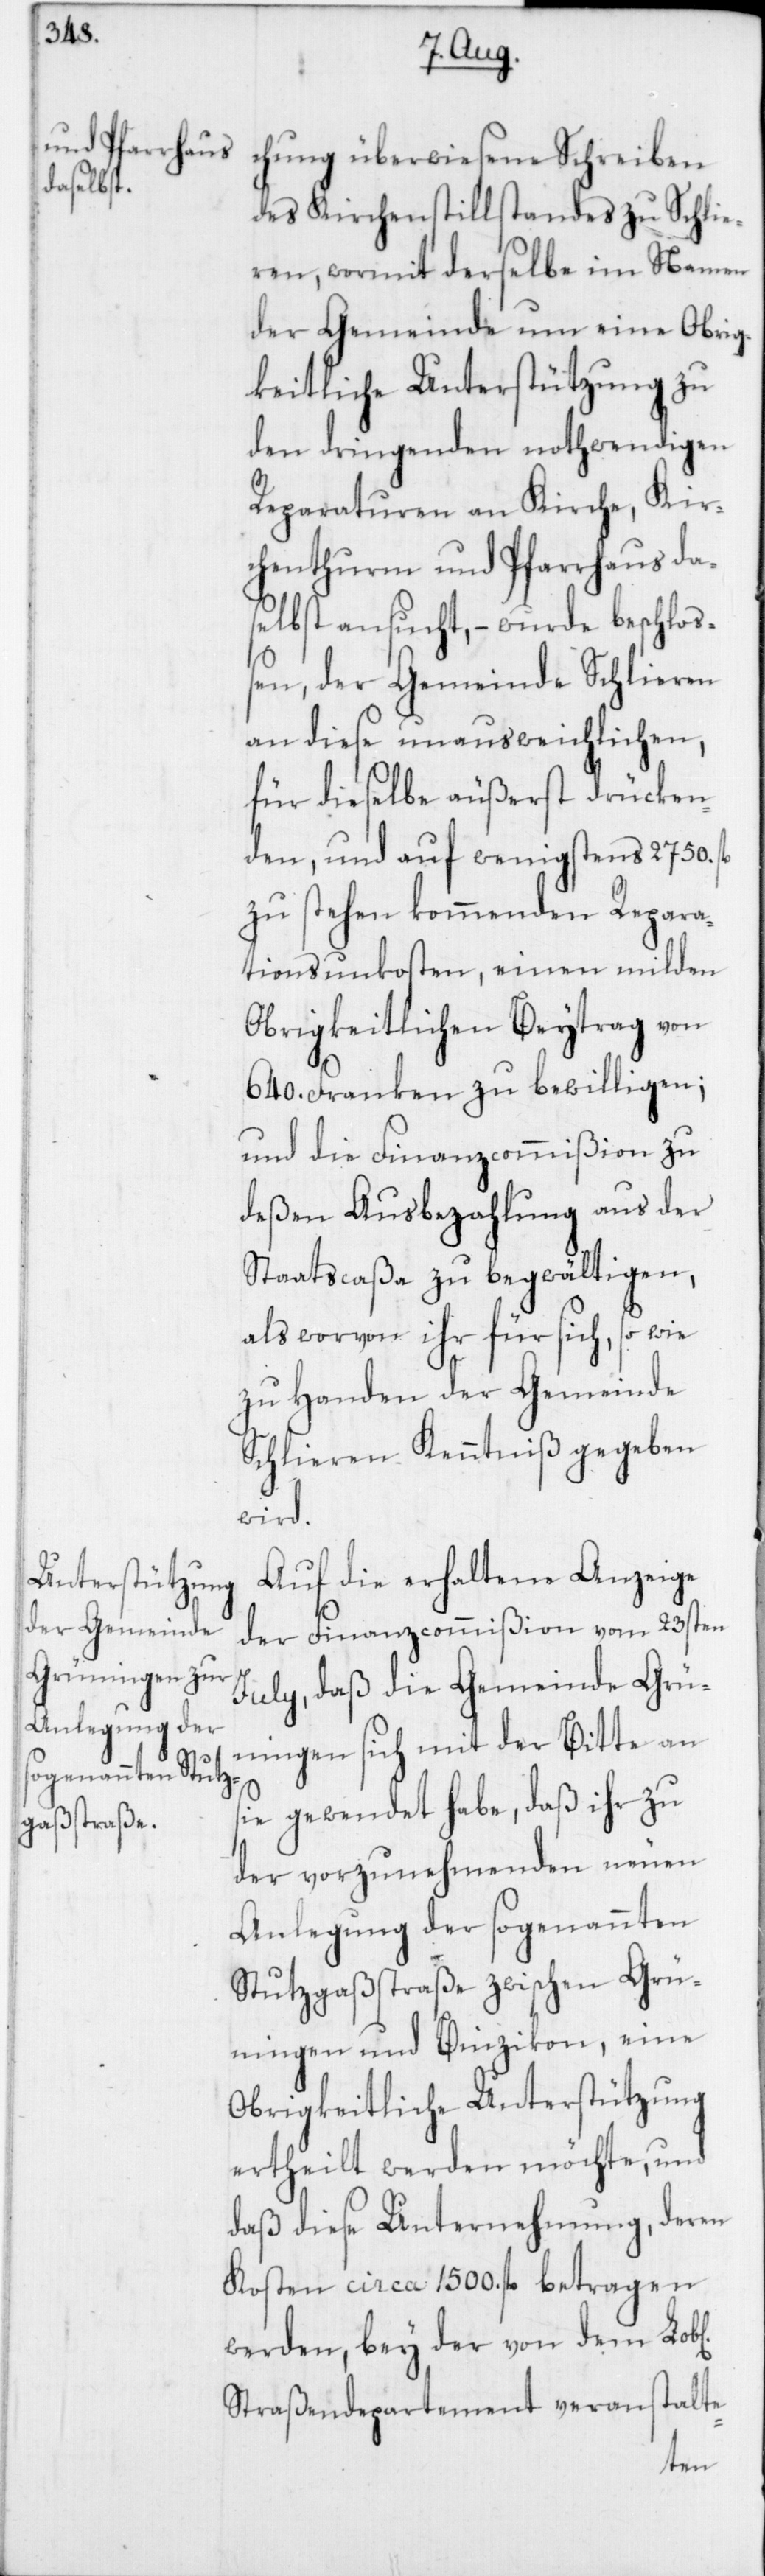
chung überwiesene Schreiben
des Kirchenstillstandes zu Schlie¬
ren, wormit derselbe im Namen
der Gemeinde um eine Obrig¬
keitliche Unterstützung zu
den dringenden nothwendigen
Reparaturen an Kirche, Kir¬
chenthurm und Pfarrhaus das¬
elbst ansucht, – wurde beschloß¬
en, der Gemeinde Schlieren
an diese unausweichlichen,
für dieselbe äußerst drücken¬
den und auf wenigstens 2750. fl.
zu stehen kommenden Repara¬
tionsunkosten, einen milden
Obrigkeitlichen Beytrag von
640. Franken zu bewilligen;
und die Finanzcommißion zu
deßen Ausbezahlung aus der
Staatscaßa zu begwältigen,
als worvon ihr für sich, sowie
zu Handen der Gemeinde
Schlieren Kenntniß gegeben
wird.
Auf die erhaltene Anzeige
der Finanzcommißion vom 23sten
July, daß die Gemeinde Grü¬
ningen sich mit der Bitte an
sie gewendet habe, daß ihr zu
der vorzunehmenden neuen
Anlegung der sogenannten
Stutzgaßstraße zwischen Grü¬
ningen und Binzikon, eine
Obrigkeitliche Unterstützung
ertheilt werden möchte, und
daß diese Unternehmung, deren
Kosten circa 1500. fl. betragen
werden, bey der von dem Lob[l¬
Straßendepartement veranstalte-
ichen]